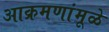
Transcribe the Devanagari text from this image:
आक्रमणांमूळे